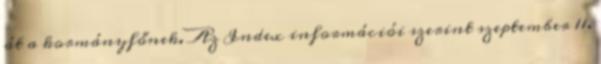
át a kormányfőnek. Az Index információi szerint szeptember 11.